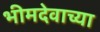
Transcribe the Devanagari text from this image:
भीमदेवाच्या